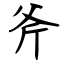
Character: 斧